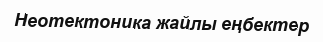
Неотектоника жайлы еңбектер